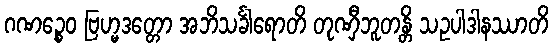
ဂဏဉ္စေဝ ဗြဟ္မဒတ္တော အဘိသင်္ခါရောတိ တုဏှီဘူတန္တိ သဥပါဒါနဿာတိ